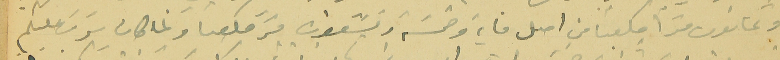
وثمانون مترًا مكعبا من اصل ماية وخمسَة وتسَعون متر مكعبا ولما كان يرتب عليكم